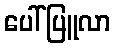
ပေါ်ပြူလာ